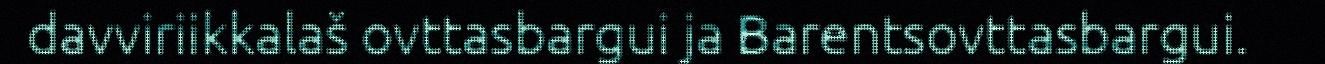
davviriikkalaš ovttasbargui ja Barentsovttasbargui.